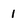
Character: 1